Report on vaccination in Madras 1904-1921 - 1904-1921
Year: 1904
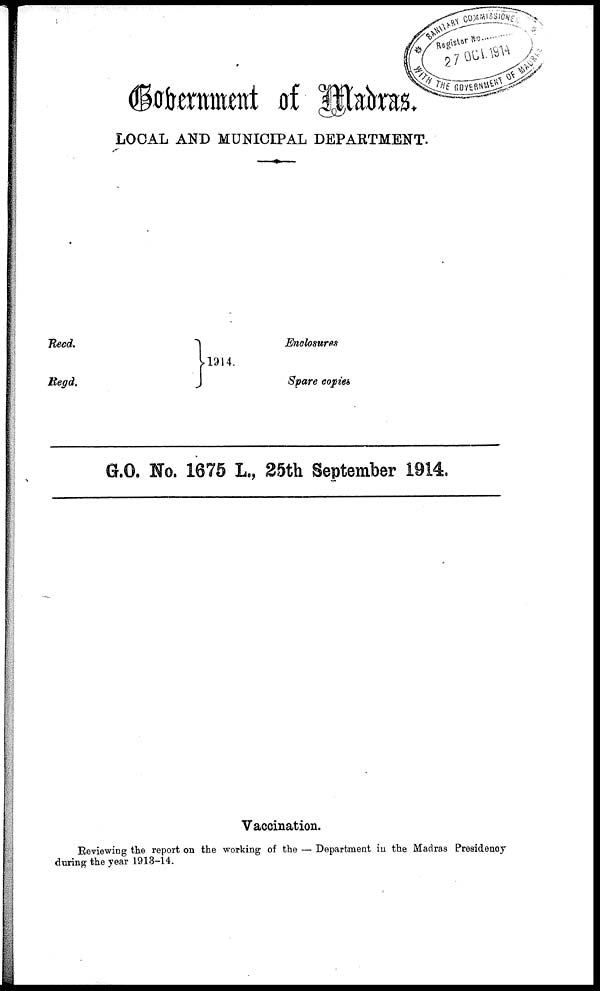
Government of Madras.
LOCAL AND MUNICIPAL DEPARTMENT.
Reed.
Regd.
1914.
Enclosures
Spare copies
G.O. No. 1675 L., 25th September 1914.
Vaccination.
Reviewing the report on the working of the — Department in the Madras Presidency
during the year 1913-14.